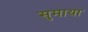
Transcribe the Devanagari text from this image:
सुमाया